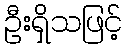
ဦးရှိသဖြင့်